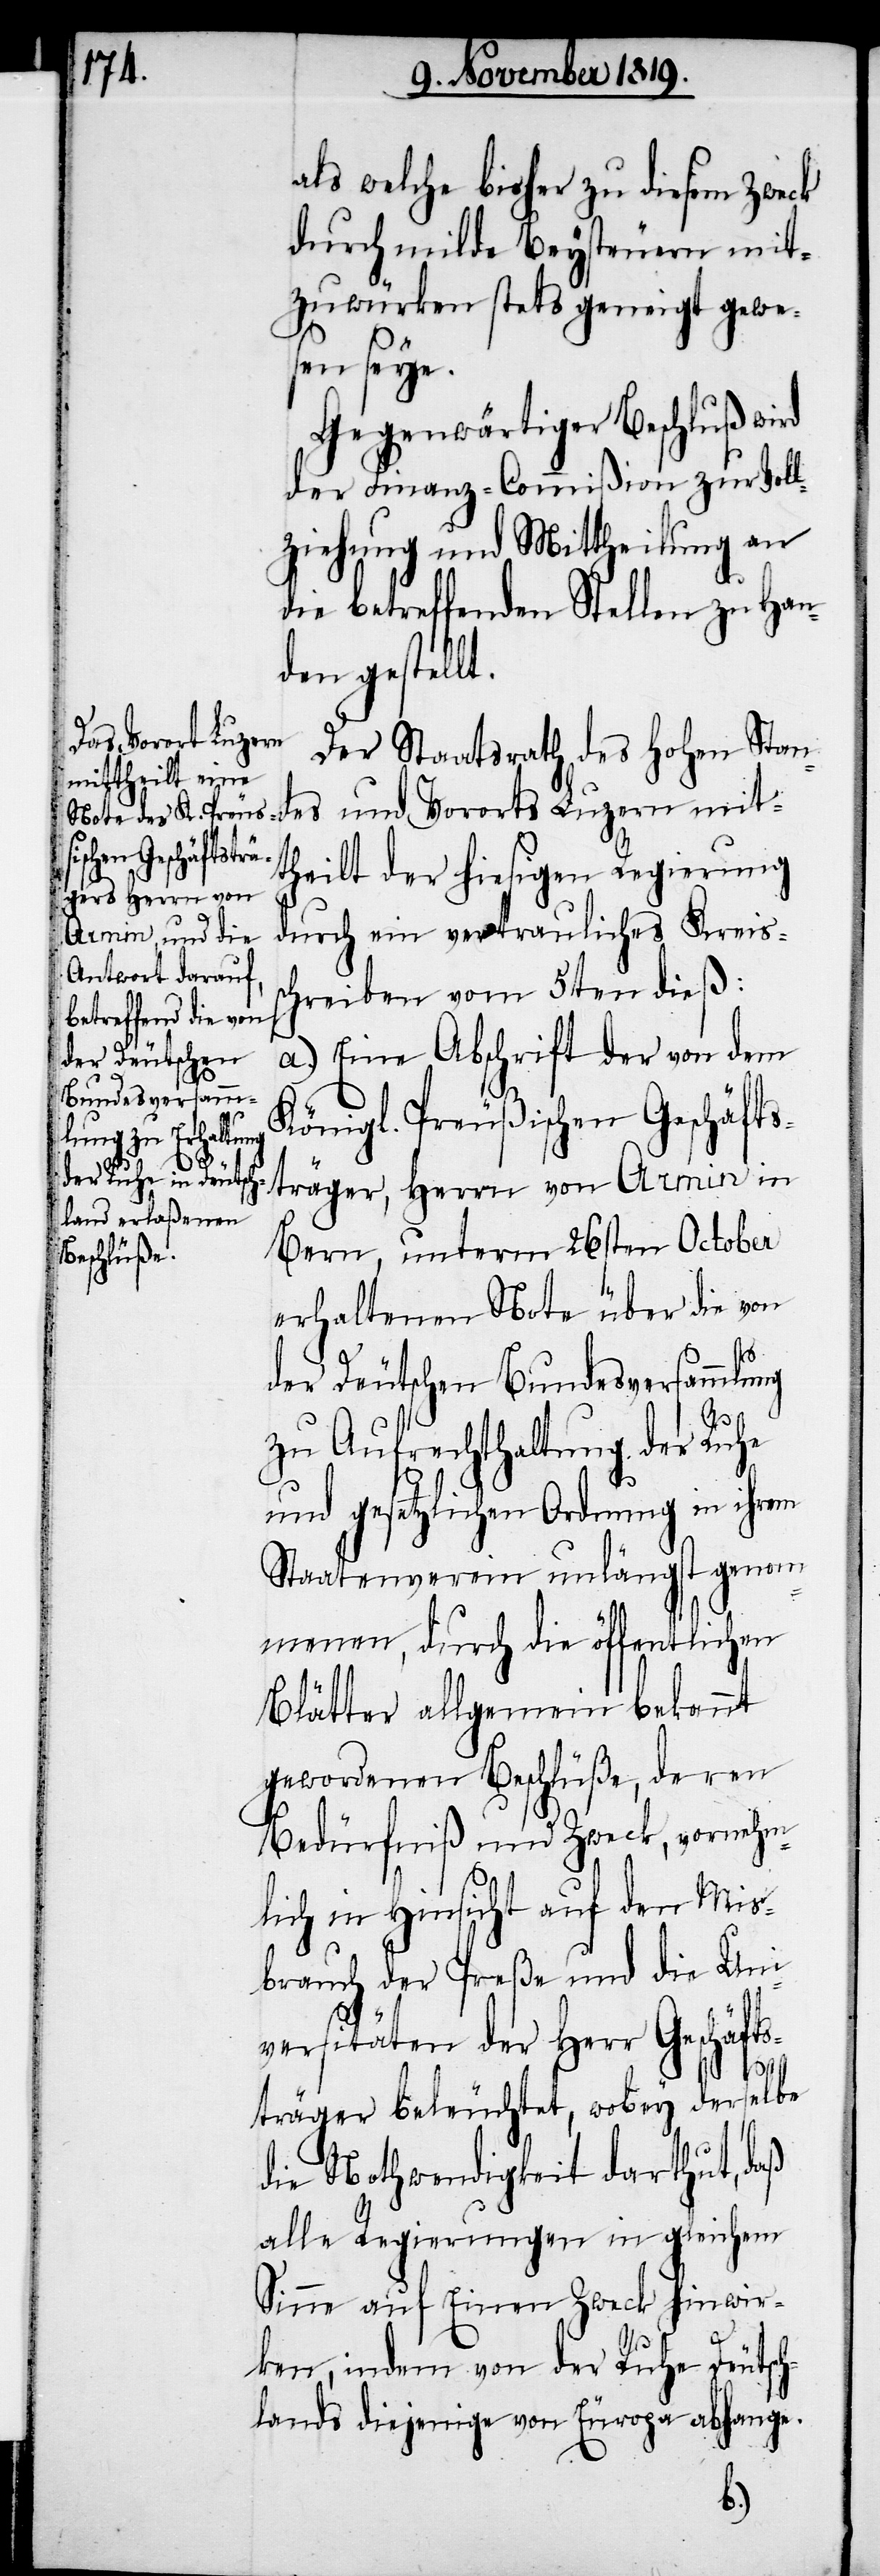
als welche bisher zu diesem Zweck
durch milde Beysteuern mit¬
zuwürken stets geneigt gewe¬
sen seye.
Gegenwärtiger Beschluß wird
der Finanz-Commißion zur Voll¬
ziehung und Mittheilung an
die betreffenden Stellen zu Han¬
den gestellt.
Der Staatsrath, des hohen Stan¬
des und Vororts Luzern mit¬
theilt der hiesigen Regierung
durch ein vertrauliches Kreis¬
hreiben vom 5ten dieß:
a.) Eine Abschrift der von dem
Königl. Preußischen Geschäfts¬
träger, Herrn von Armin in
Bern, unterm 26sten October
erhaltenen Note über die von
der Deutschen Bundesversammlung
zu Aufrechthaltung der Ruhe
und gesetzlichen Ordnung in ihrem
Staatenverein unlängst genom¬
menen, durch die öffentlichen
Blätter allgemein bekannt
gewordenen Beschlüße, deren
Bedürfniß und Zweck, vornehm¬
lich in Hinsicht auf den Mis¬
brauch der Preße und die Uni¬
sc¬
versitäten der Herr Geschäfts¬
träger beleuchtet, wobey derselbe
die Nothwendigkeit darthut, daß
alle Regierungen in gleichem
Sinne auf Einen Zweck, hinwir¬
ken, indem von der Ruhe Deutsch¬
lands diejenige von Europa abhange.